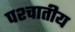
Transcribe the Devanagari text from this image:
पश्चातीय